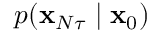
p ( \mathbf { x } _ { N \tau } \mid \mathbf { x } _ { 0 } )